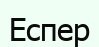
Еспер